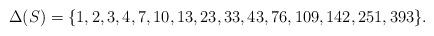
LaTeX: \begin{align*}\Delta(S)=\{1,2,3,4,7,10,13,23,33,43,76,109,142,251,393\}.\end{align*}